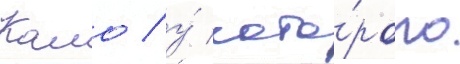
Камо / у́ кото́рого